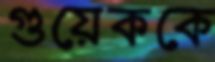
গুয়েককে